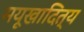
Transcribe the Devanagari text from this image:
मयूखादित्य